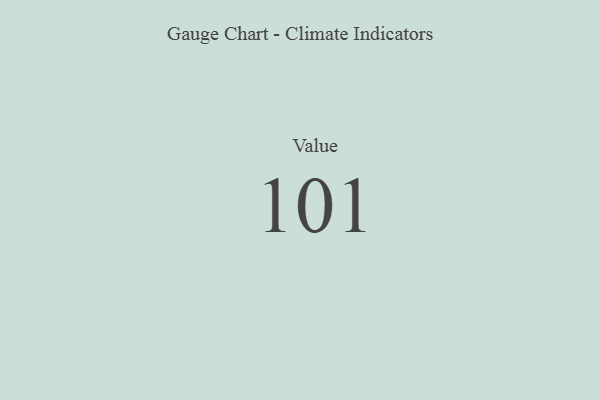
{"axis": {"x": "Metric", "y": "Value"}, "legend": [""], "data": [{"x": "Value", "y": 101, "type": ""}]}